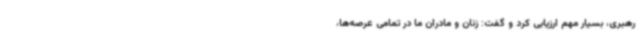
رهبری، بسیار مهم ارزیابی کرد و گفت: زنان و مادران ما در تمامی عرصه‌ها،